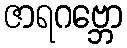
ဇာရဂဗ္ဘော